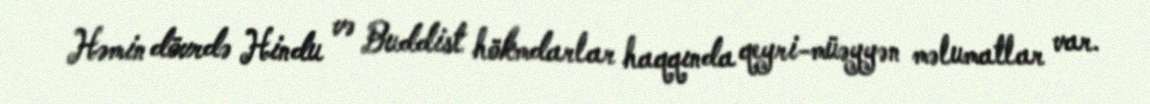
Həmin dövrdə Hindu və Buddist hökmdarlar haqqında qeyri-müəyyən məlumatlar var.